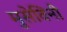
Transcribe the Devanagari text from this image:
मुसेविनी